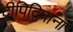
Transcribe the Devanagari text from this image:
द्वीपिद्विपानां